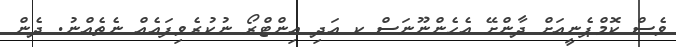
ވެސް ކޮމްޕެނީއަށް ދާންށޭ އެހެންނޫނަސް ކ އަދި އިންޓްރޯ ނުކުރެވިފައެއް ނެތެއްނު. ދެން